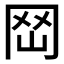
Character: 𡶬